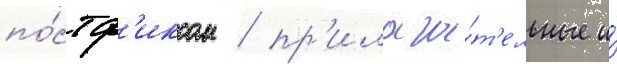
по́стф'иксом / пр'илага́т'ельные и́